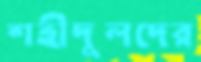
শহীদুলদের